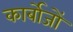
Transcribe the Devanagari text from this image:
कार्बोजों